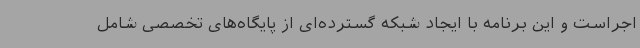
اجراست و این برنامه با ایجاد شبکه گسترده‌ای از پایگاه‌های تخصصی شامل